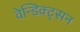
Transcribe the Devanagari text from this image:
वेन्डिक्ट्सन